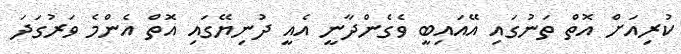
ކުރިއަށް އޮތް ތަނުގައި އޭއައިބީ ވެގެންދާނީ އެއީ ދުނިޔޭގައި އޮތް އެންމެ ވަރުގަދަ